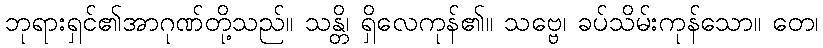
ဘုရားရှင်၏အာဂုဏ်တို့သည်။ သန္တိ၊ ရှိလေကုန်၏။ သဗ္ဗေ၊ ခပ်သိမ်းကုန်သော။ တေ၊